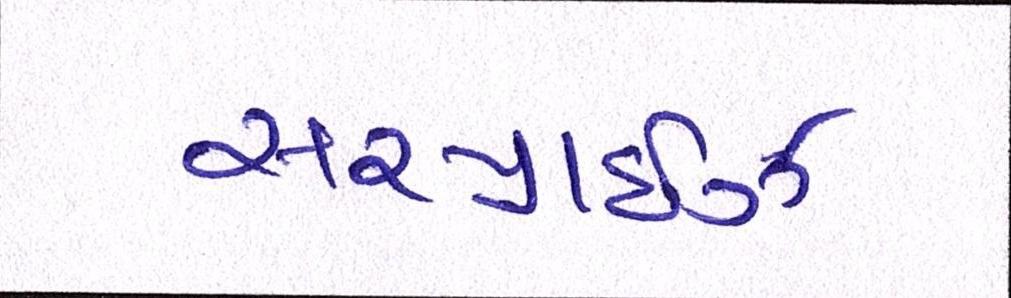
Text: સરપ્રાઇઝ